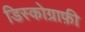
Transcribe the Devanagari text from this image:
डिस्कोग्राफ़ी